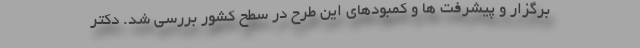
برگزار و پیشرفت ها و کمبودهای این طرح در سطح کشور بررسی شد. دکتر